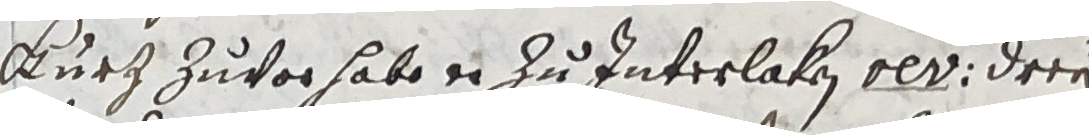
Kurz zuvor habe er zu interlaken olt, dree